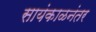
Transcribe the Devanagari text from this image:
सायंकाळनंतर